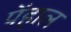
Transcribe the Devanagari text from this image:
पेंहाल